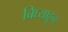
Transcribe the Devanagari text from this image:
बिघ्याहून